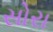
સોરા